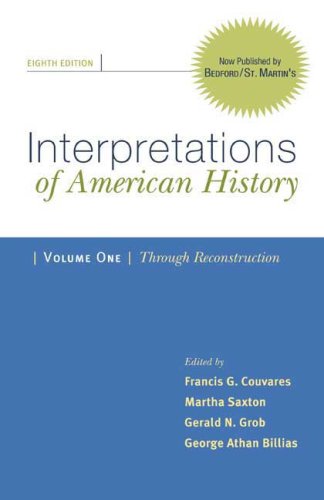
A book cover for Interpretations of American History, Volume I: Through Reconstruction: Patterns & Perspectives; Francis G. Couvares; History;